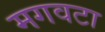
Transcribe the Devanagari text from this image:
मगवटा